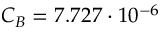
C _ { B } = 7 . 7 2 7 \cdot 1 0 ^ { - 6 }